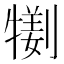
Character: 𤛜